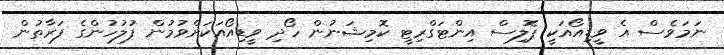
ނަމަވެސް އެ ވީޑިއޯއަކީ ޕޮލިސް އިންޓަގްރިޓީ ކޮމިޝަނުން ހޯދި ވީޑިއޯއަކަށްވުމުން ފުލުހުންގެ ފަރާތުން